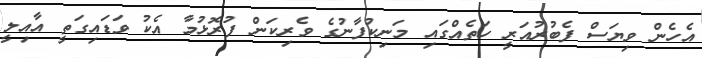
އެހެން ވިޔަސް ފެބުރުއަރީ ހަތެއްގައި މަނިކުފާނުގެ ވެރިކަން ފުރޮޅުމާ އެކު ވަޑައިގަތީ އާއިލީ